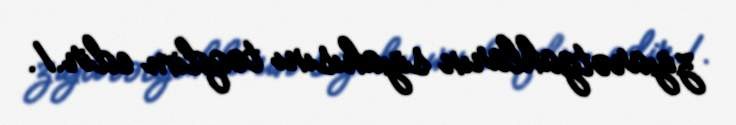
ziyarətgahların siyahısını təqdim edir.1.